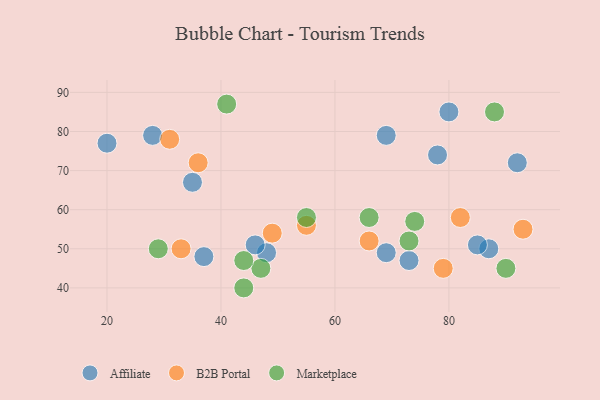
{"axis": {"x": "GDP", "y": "Life Expectancy"}, "legend": ["Affiliate", "B2B Portal", "Marketplace"], "data": [{"x": "35", "y": 67, "type": "Affiliate"}, {"x": "48", "y": 49, "type": "Affiliate"}, {"x": "46", "y": 51, "type": "Affiliate"}, {"x": "80", "y": 85, "type": "Affiliate"}, {"x": "20", "y": 77, "type": "Affiliate"}, {"x": "73", "y": 47, "type": "Affiliate"}, {"x": "78", "y": 74, "type": "Affiliate"}, {"x": "92", "y": 72, "type": "Affiliate"}, {"x": "69", "y": 79, "type": "Affiliate"}, {"x": "87", "y": 50, "type": "Affiliate"}, {"x": "37", "y": 48, "type": "Affiliate"}, {"x": "85", "y": 51, "type": "Affiliate"}, {"x": "69", "y": 49, "type": "Affiliate"}, {"x": "28", "y": 79, "type": "Affiliate"}, {"x": "82", "y": 58, "type": "B2B Portal"}, {"x": "55", "y": 56, "type": "B2B Portal"}, {"x": "66", "y": 52, "type": "B2B Portal"}, {"x": "93", "y": 55, "type": "B2B Portal"}, {"x": "79", "y": 45, "type": "B2B Portal"}, {"x": "31", "y": 78, "type": "B2B Portal"}, {"x": "49", "y": 54, "type": "B2B Portal"}, {"x": "33", "y": 50, "type": "B2B Portal"}, {"x": "36", "y": 72, "type": "B2B Portal"}, {"x": "29", "y": 50, "type": "Marketplace"}, {"x": "73", "y": 52, "type": "Marketplace"}, {"x": "66", "y": 58, "type": "Marketplace"}, {"x": "41", "y": 87, "type": "Marketplace"}, {"x": "90", "y": 45, "type": "Marketplace"}, {"x": "74", "y": 57, "type": "Marketplace"}, {"x": "47", "y": 45, "type": "Marketplace"}, {"x": "55", "y": 58, "type": "Marketplace"}, {"x": "44", "y": 47, "type": "Marketplace"}, {"x": "88", "y": 85, "type": "Marketplace"}, {"x": "44", "y": 40, "type": "Marketplace"}]}